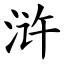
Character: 浒